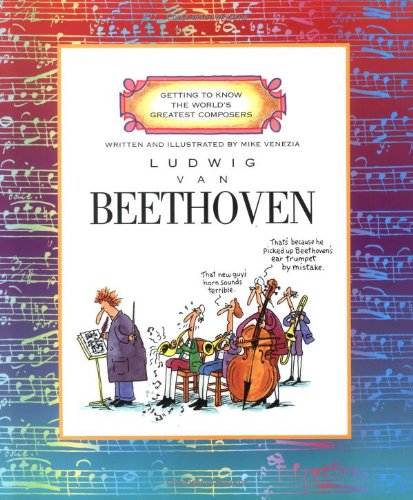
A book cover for Ludwig Van Beethoven (Getting to Know the World's Greatest Composers); Mike Venezia; Children's Books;